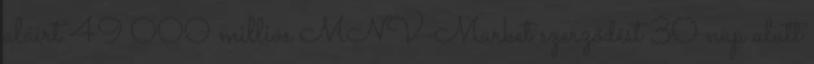
aláírt 49 000 milliós MNV-Market szerződést 30 nap alatt